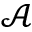
\mathcal { A }